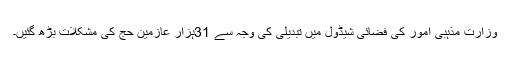
وزارت مذہبی امور کی فضائی شیڈول میں تبدیلی کی وجہ سے 31ہزار عازمین حج کی مشکلات بڑھ گئیں۔